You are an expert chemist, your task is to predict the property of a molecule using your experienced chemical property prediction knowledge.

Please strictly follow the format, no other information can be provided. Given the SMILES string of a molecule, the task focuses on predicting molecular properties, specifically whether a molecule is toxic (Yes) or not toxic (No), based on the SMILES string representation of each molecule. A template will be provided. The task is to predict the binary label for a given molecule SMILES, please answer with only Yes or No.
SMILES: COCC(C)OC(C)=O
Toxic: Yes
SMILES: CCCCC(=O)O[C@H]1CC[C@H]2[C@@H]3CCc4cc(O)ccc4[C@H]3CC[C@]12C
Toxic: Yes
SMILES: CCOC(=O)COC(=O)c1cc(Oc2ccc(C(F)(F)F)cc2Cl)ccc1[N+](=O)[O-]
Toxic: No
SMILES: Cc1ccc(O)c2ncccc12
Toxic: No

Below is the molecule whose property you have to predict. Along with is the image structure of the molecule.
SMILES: Nc1c(NC/C=C\COc2cc(CN3CCCCC3)ccn2)c(=O)c1=O
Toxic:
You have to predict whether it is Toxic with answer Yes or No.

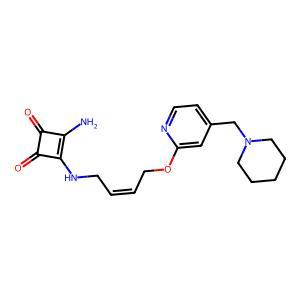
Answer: No